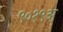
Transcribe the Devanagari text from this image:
९०१९अ